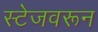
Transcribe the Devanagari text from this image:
स्टेजवरून